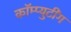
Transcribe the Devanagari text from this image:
कॉम्प्युटींग